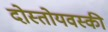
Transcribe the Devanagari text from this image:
दोस्तोयवस्की